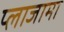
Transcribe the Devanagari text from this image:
प्लाजामा